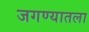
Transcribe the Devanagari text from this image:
जगण्यातला